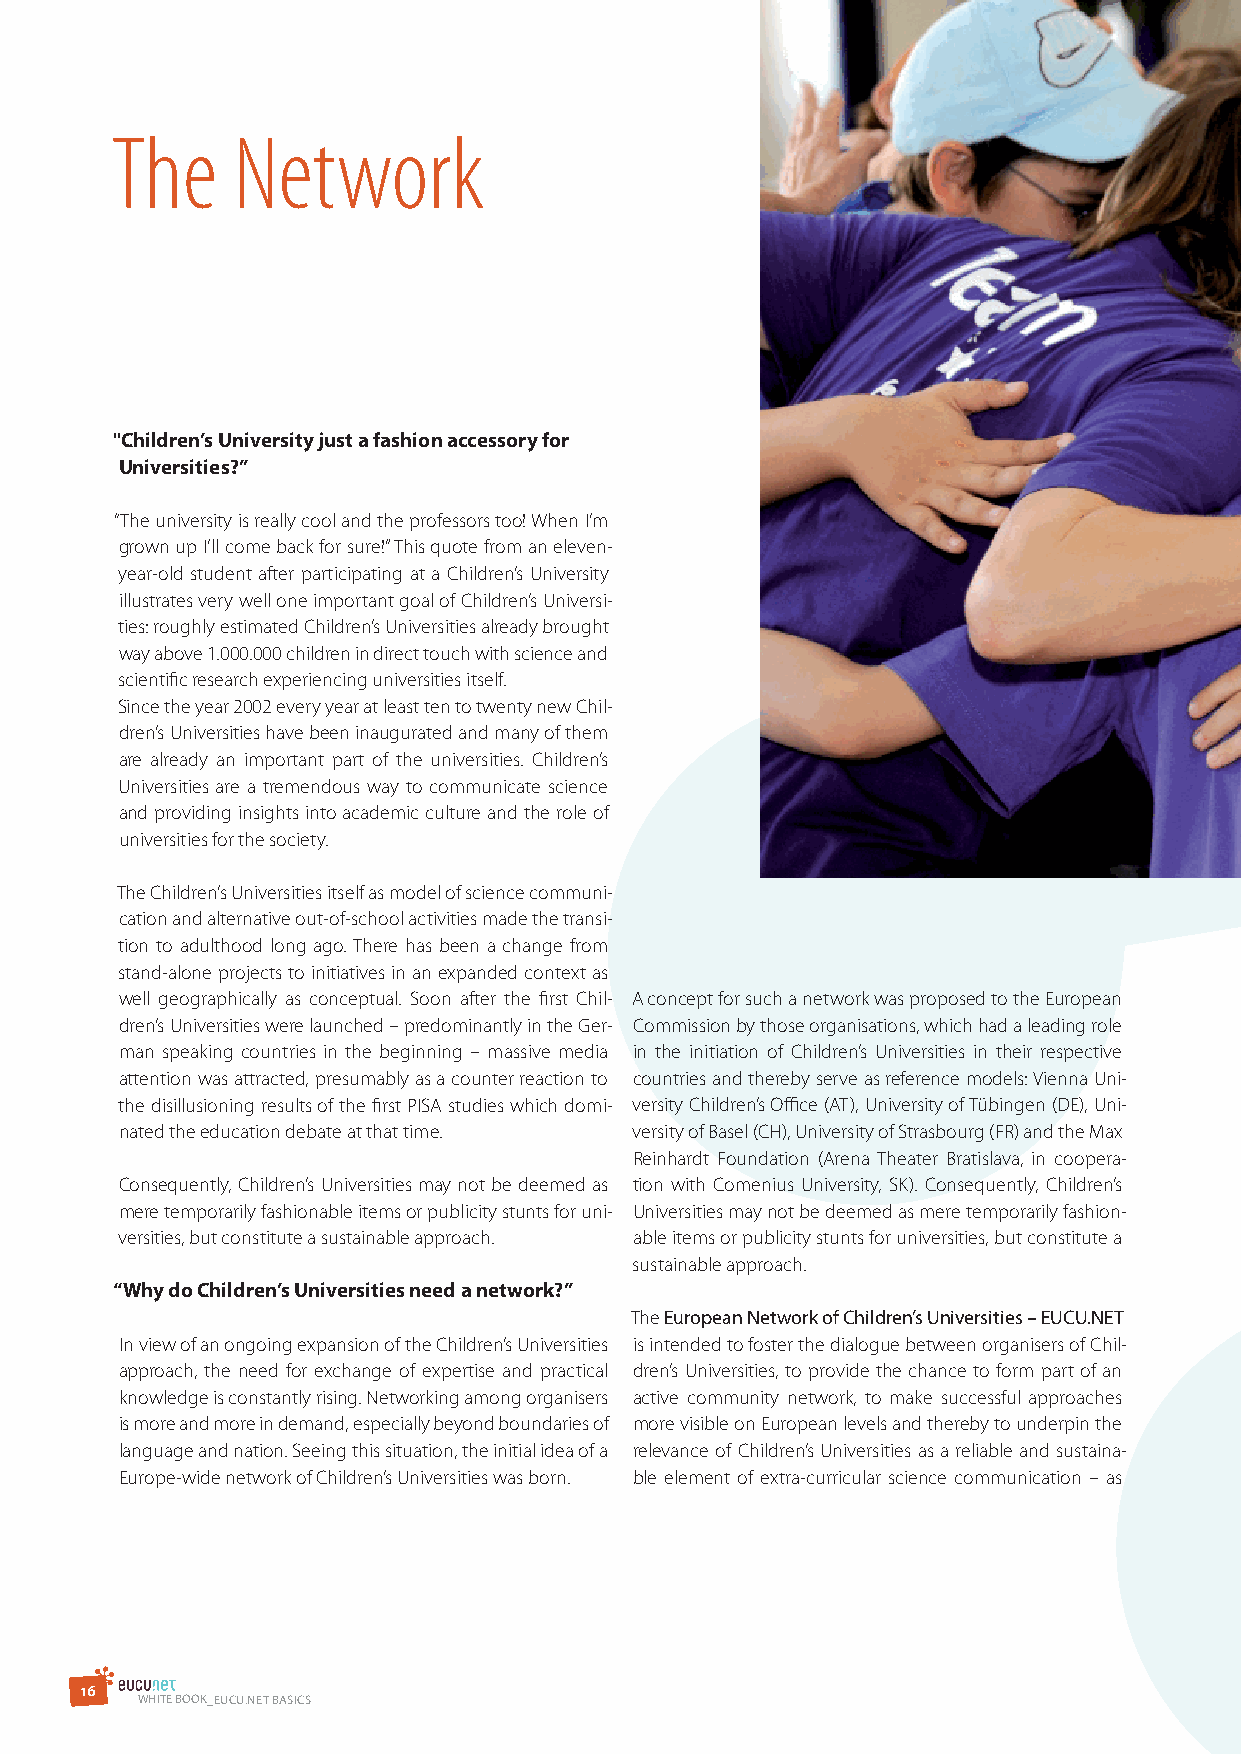
The     Network
 "Children’s University just a fashion accessory for
 Universities?”
 “The university is really cool and the professors too! When I’m
 grown up I’ll come back for sure!” This quote from an eleven-
 year-old student after participating at a Children’s University
 illustrates very well one important goal of Children’s Universi-
 ties: roughly estimated Children’s Universities already brought
 way above 1.000.000 children in direct touch with science and
 scientific research experiencing universities itself.
 Since the year 2002 every year at least ten to twenty new Chil-
 dren’s Universities have been inaugurated and many of them
 are already an important part of the universities. Children’s
 Universities are a tremendous way to communicate science
 and providing insights into academic culture and the role of
 universities for the society.
 The Children’s Universities itself as model of science communi-
 cation and alternative out-of-school activities made the transi-
 tion to adulthood long ago. There has been a change from
 stand-alone projects to initiatives in an expanded context as
 well geographically as conceptual. Soon after the first Chil- A concept for such a network was proposed to the European
 dren’s Universities were launched – predominantly in the Ger- Commission by those organisations, which had a leading role
 man speaking countries in the beginning – massive media in the initiation of Children’s Universities in their respective
 attention was attracted, presumably as a counter reaction to countries and thereby serve as reference models: Vienna Uni-
 the disillusioning results of the first PISA studies which domi- versity Children’s Office (AT), University of Tübingen (DE), Uni-
 nated the education debate at that time. versity of Basel (CH), University of Strasbourg (FR) and the Max
 Reinhardt Foundation (Arena Theater Bratislava, in coopera-
 Consequently, Children’s Universities may not be deemed as tion with Comenius University, SK). Consequently, Children’s
 mere temporarily fashionable items or publicity stunts for uni- Universities may not be deemed as mere temporarily fashion-
 versities, but constitute a sustainable approach. able items or publicity stunts for universities, but constitute a
 sustainable approach.
 “why do Children’s Universities need a network?”
 The European Network of Children’s universities – EuCu.NET
 In view of an ongoing expansion of the Children’s Universities is intended to foster the dialogue between organisers of Chil-
 approach, the need for exchange of expertise and practical dren’s Universities, to provide the chance to form part of an
 knowledge is constantly rising. Networking among organisers active community network, to make successful approaches
 is more and more in demand, especially beyond boundaries of more visible on European levels and thereby to underpin the
 language and nation. Seeing this situation, the initial idea of a relevance of Children’s Universities as a reliable and sustaina-
 Europe-wide network of Children’s Universities was born. ble element of extra-curricular science communication – as
 1 6
 WHITE BOOK_EuCu.NET BAsICs